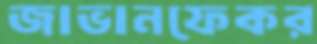
জাভানফেকর